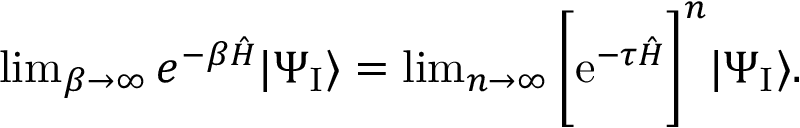
\begin{array} { r } { \operatorname* { l i m } _ { \beta \to \infty } e ^ { - \beta \hat { H } } | \Psi _ { \mathrm { I } } \rangle = \operatorname* { l i m } _ { n \to \infty } \bigg [ \mathrm { e } ^ { - \tau \hat { H } } \bigg ] ^ { n } | \Psi _ { \mathrm { I } } \rangle . } \end{array}